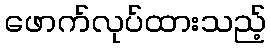
ဖောက်လုပ်ထားသည့်